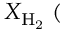
X _ { \mathrm { H _ { 2 } } } \; ( \